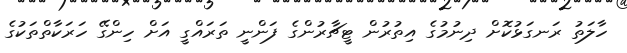
ހާލަތު ރަނގަޅުކޮށް ދިނުމުގެ އިތުރުން ޓީޗާރުންގެ ފަންނީ ތަރައްގީ އަށް ހިންގޭ ހަރަކާތްތަކުގެ